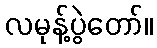
လမုန့်ပွဲတော်။